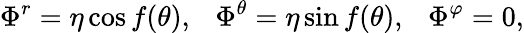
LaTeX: \Phi^{r}=\eta\cos f(\theta),~~~\Phi^{\theta}=\eta\sin f(\theta),~~~\Phi^{\varphi}=0,